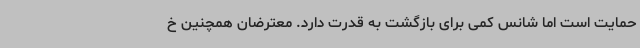
حمایت است اما شانس کمی برای بازگشت به قدرت دارد. معترضان همچنین خ